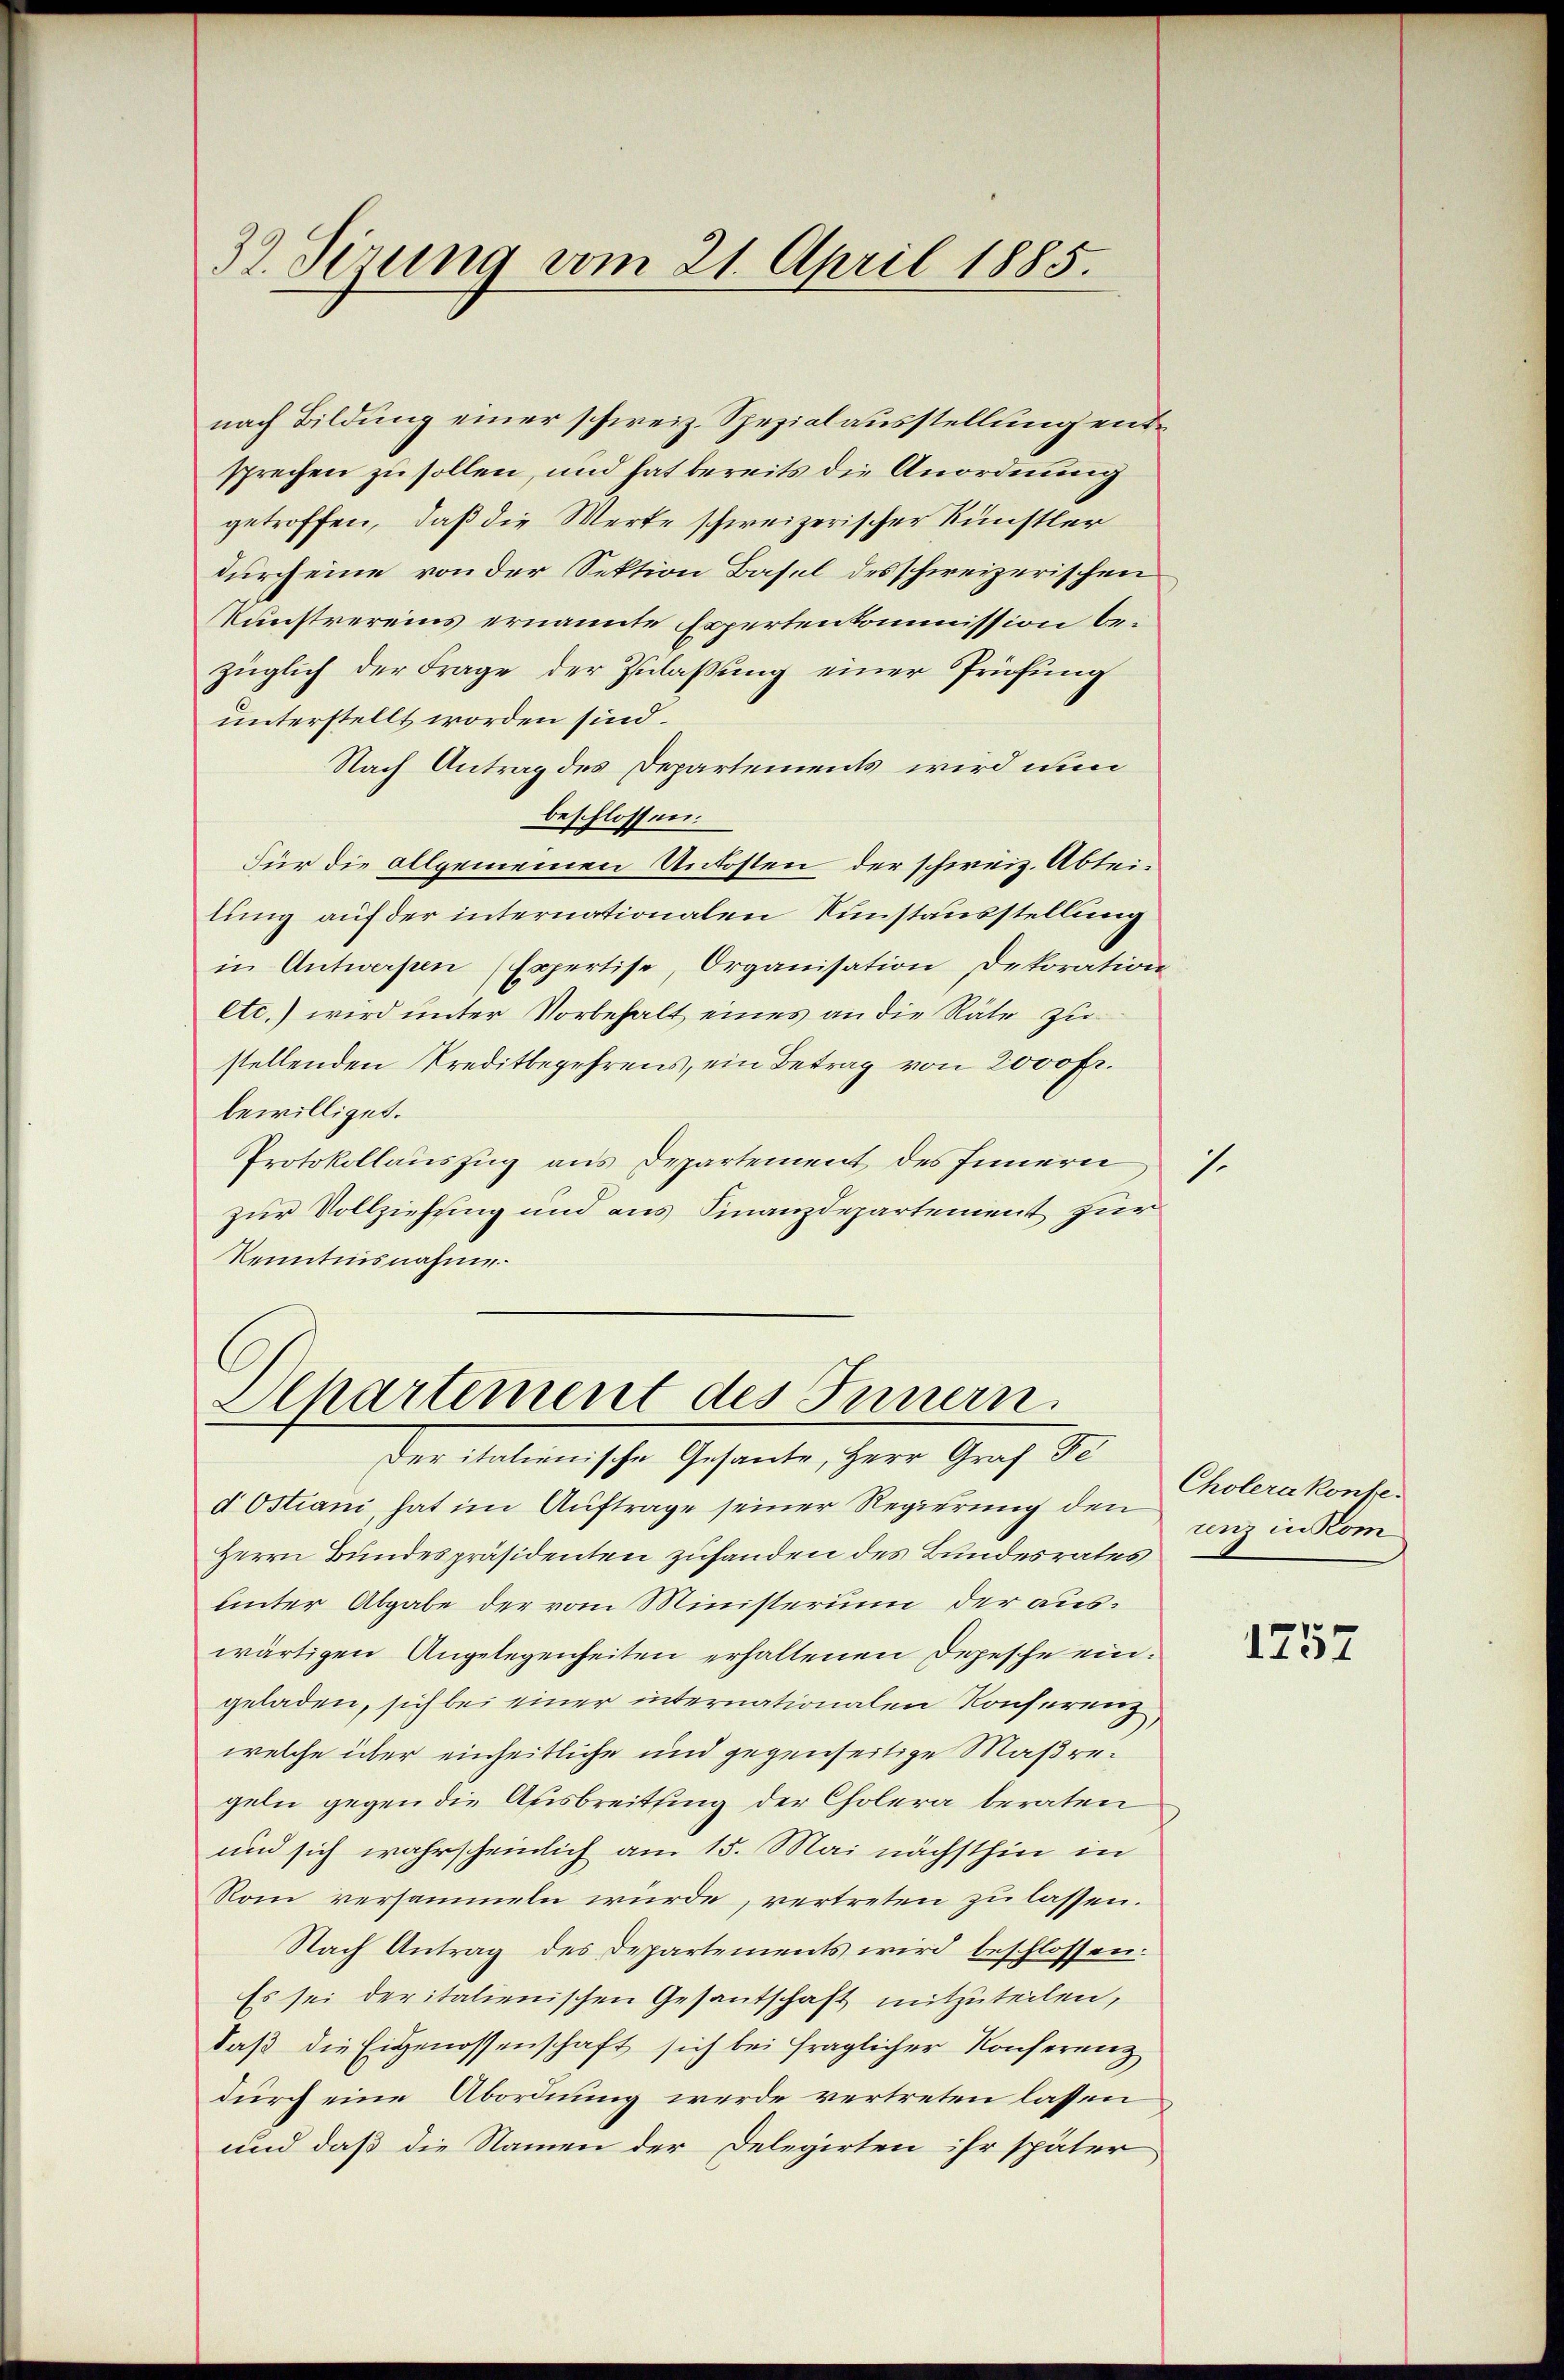
32. Sizung vom 21. April 1885.

nach Bildung einer schweiz. Spezialausstellung entsprechen zu sollen, und hat bereits die Anordnung
getroffen, daß die Werte schweizerischer Künstler
durch eine von der Sektion Basel des schweizerischen
Kunstvereins ernannte Expertenkommission bezüglich der Frage der Zulaßung einer Prüfung
unterstellt worden sind.
Nach Antrag des Departements wird nun
beschlossen:
Für die allgemeinen Unkosten der schweiz. Abteilung auf der internationalen Kunstausstellung
in Antwerpen (Expertise, Organisation, Dekoration
etc.) wird unter Vorbehalt eines an die Räte zu
stellenden Kreditbegehrens, ein Betrag von 2000 Fr.
bewilliget.
Protokollauszug aus Departement des Innern
zur Vollziehung und aus Finanzdepartement zur
Kenntnisnahme.

Apartement des Innern.
Der italienische Gesante, Herr Graf Fe

d Ostiani, hat im Auftrage seiner Regierung den
Herrn Bundespräsidenten zufanden des Bundesrates
unter Abgabe der vom Ministerum der auswärtigen Angelegenheiten erhaltenen Depesche eingeladen, sich bei einer internationalen Konferenz,
welche über einheitliche und gegenseitige Maßregeln gegen die Ausbreitsing der Cholera beraten
und sich wahrscheinlich am 15. Mai nächsthin in
Rom versammeln würde, vertreten zu lassen.
Nach Antrag des Departements wird beschlossen:
Es sei deritalienischen Gesantschaft mitzuteilen,
Daß die Eigenossenschaft sich bei fraglicher Konferenz
durch eine Abordnung werde vertreten lassen
und daß die Namen der Delegirten ihr später

Cholerakonbe-
uenz in Kom

1.

1757